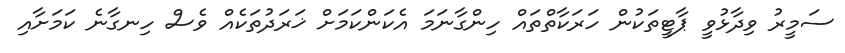
ސަމީރު ވިދާޅުވީ ޕާޓީތަކުން ހަރަކާތްތައް ހިންގާނަމަ އެކަންކަމަށް ޚަރަދުތަކެއް ވެސް ހިނގާނެ ކަމަށާއި